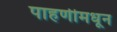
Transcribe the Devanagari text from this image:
पाहणीमधून